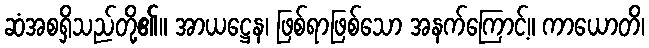
ဆံအစရှိသည်တို့၏။ အာယဋ္ဌေန၊ ဖြစ်ရာဖြစ်သော အနက်ကြောင့်။ ကာယောတိ၊